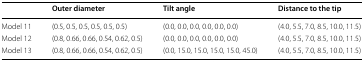
|  | Outer diameter | Tilt angle | Distance to the tip |
 | --- | --- | --- | --- |
 | Model 11 | (0.5, 0.5, 0.5, 0.5, 0.5, 0.5) | (0.0, 0.0, 0.0, 0.0, 0.0, 0.0) | (4.0, 5.5, 7.0, 8.5, 10.0, 11.5) |
 | Model 12 | (0.8, 0.66, 0.66, 0.54, 0.62, 0.5) | (0.0, 0.0, 0.0, 0.0, 0.0, 0.0) | (4.0, 5.5, 7.0, 8.5, 10.0, 11.5) |
 | Model 13 | (0.8, 0.66, 0.66, 0.54, 0.62, 0.5) | (0.0, 15.0, 15.0, 15.0, 15.0, 45.0) | (4.0, 5.5, 7.0, 8.5, 10.0, 11.5) |